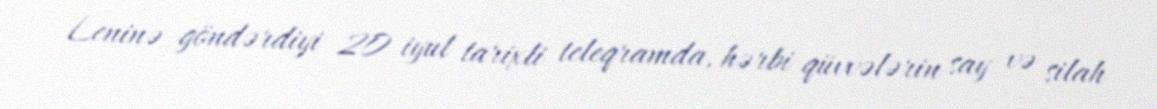
Leninə göndərdiyi 20 iyul tarixli teleqramda, hərbi qüvvələrin say və silah